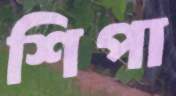
শিপা